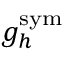
{ g } _ { h } ^ { \mathrm { s y m } }